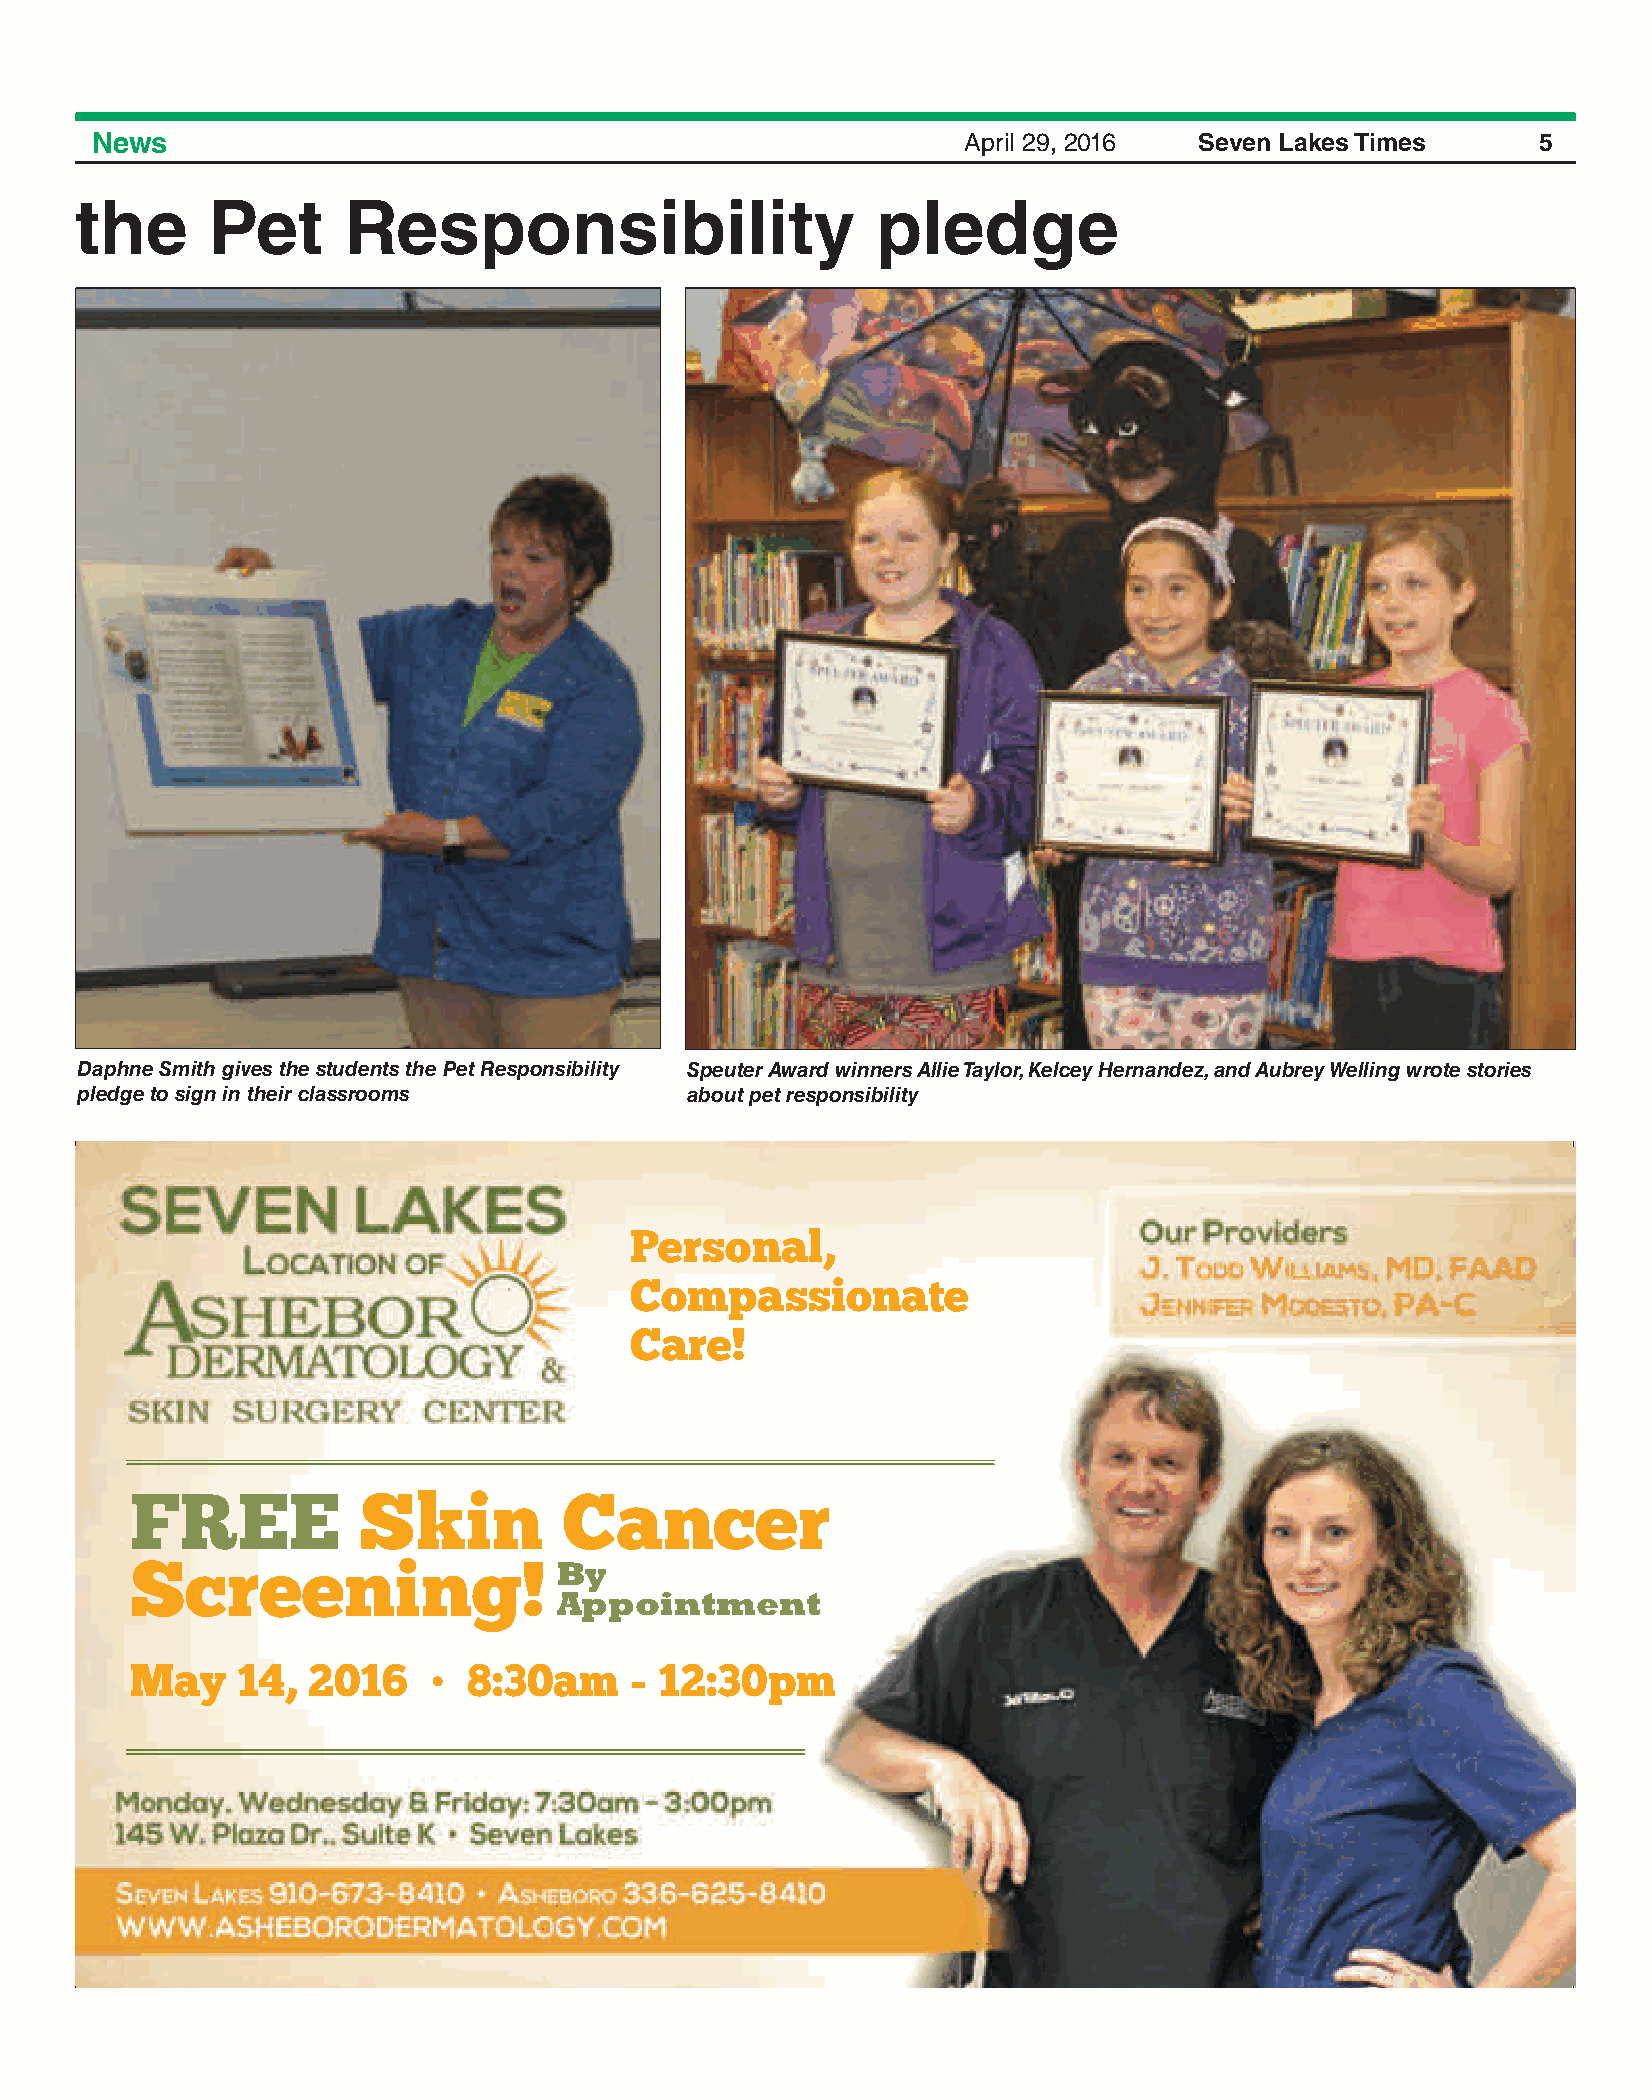
News                                                      April 29, 2016 Seven Lakes Times      5
 the      Pet      Responsibility                     pledge
 Daphne Smith gives the students the Pet Responsibility Speuter Award winners Allie Taylor, Kelcey Hernandez, and Aubrey Welling wrote stories
 pledge to sign in their classrooms      about pet responsibility
 Personal,
 Compassionate
 Care!
 FREE           Skin         Cancer
 Screening!                  BAyp pointments
 AApvpaoilianbtlme ent
 May    14, 2016    •  8:30am     - 12:30pm